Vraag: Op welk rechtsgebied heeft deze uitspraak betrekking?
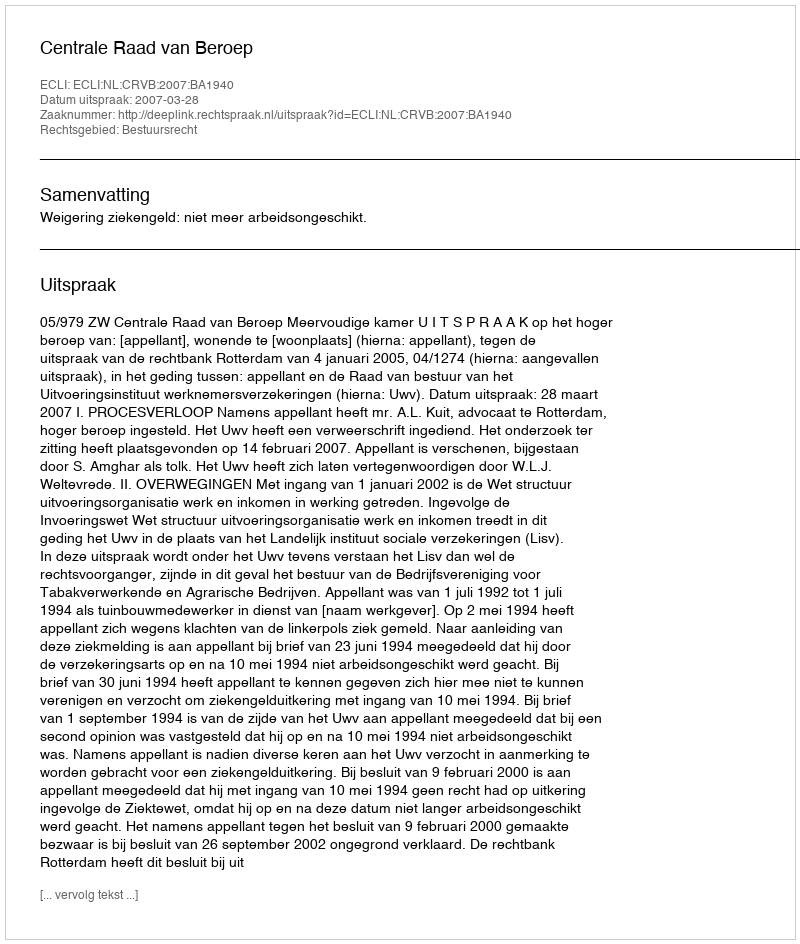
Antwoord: Bestuursrecht